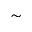
\sim